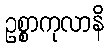
ဥစ္စာကုလာနိ